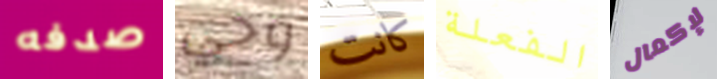
صدفه وحي كانت الفعلة لإكمال